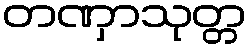
တဏှာသုတ္တ